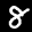
Label: 8